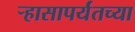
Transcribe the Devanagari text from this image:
ऱ्हासापर्यंतच्या